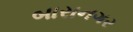
બારાનગર